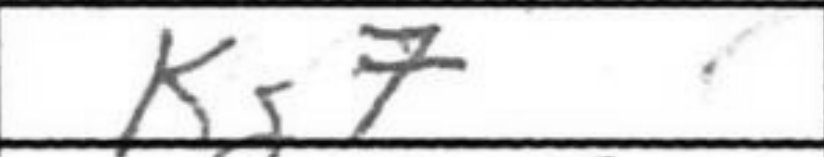
Transcription: Kg7